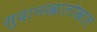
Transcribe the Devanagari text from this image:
सुदानखालोखाल